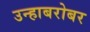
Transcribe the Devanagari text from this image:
उन्हाबरोबर